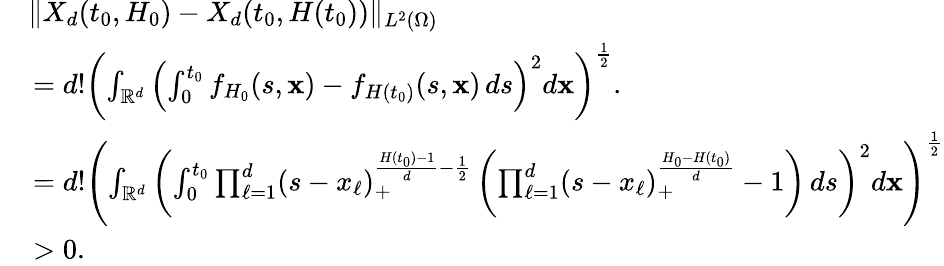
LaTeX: \begin{array}{rl}&{\| X_{d}(t_{0},H_{0})-X_{d}(t_{0},H(t_{0}))\| _{L^{2}(\Omega)}}\\ &{\, =d!\left(\int_{\mathbb{R}^{d}}\left(\int_{0}^{t_{0}}f_{H_{0}}(s,\mathbf{x})-f_{H(t_{0})}(s,\mathbf{x})\, ds\right)^{2}d\mathbf{x}\right)^{\frac{1}{2}}.}\\ &{\, =d!\left(\int_{\mathbb{R}^{d}}\left(\int_{0}^{t_{0}}\prod_{\ell=1}^{d}(s-x_{\ell})_{+}^{\frac{H(t_{0})-1}{d}-\frac{1}{2}}\left(\prod_{\ell=1}^{d}(s-x_{\ell})_{+}^{\frac{H_{0}-H(t_{0})}{d}}-1\right)\, ds\right)^{2}d\mathbf{x}\right)^{\frac{1}{2}}}\\ &{\, >0.}\end{array}